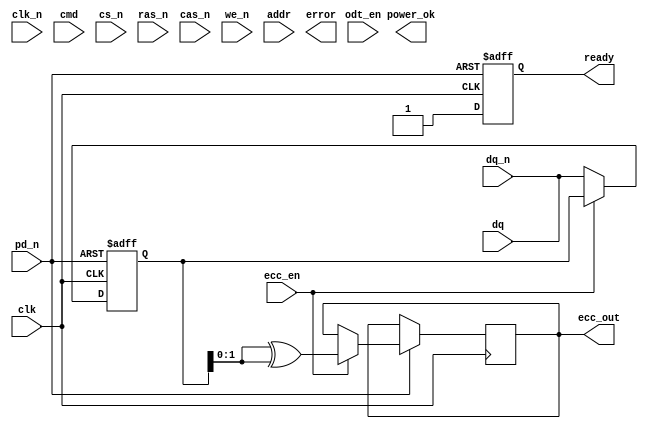
module gddr6x_io_block #(
    parameter DATA_WIDTH = 16,    // Data bus width
    parameter ADDR_WIDTH = 15,    // Address bus width (adjust as needed)
    parameter CMD_WIDTH = 5        // Command width (CS#, RAS#, CAS#, WE#, etc.)
)(
    // Clock Inputs
    input  wire clk,              // CK
    input  wire clk_n,            // CK#
    
    // Data Signals
    input  wire [DATA_WIDTH-1:0] dq,     // DQ
    input  wire [DATA_WIDTH-1:0] dq_n,   // DQ#
    
    // Command Signals
    input  wire [CMD_WIDTH-1:0] cmd,     // Command signals
    input  wire cs_n,            // Chip Select
    input  wire ras_n,           // Row Address Strobe
    input  wire cas_n,           // Column Address Strobe
    input  wire we_n,            // Write Enable
    
    // Address Signals
    input  wire [ADDR_WIDTH-1:0] addr,   // Address lines
    
    // Power Management Signals
    input  wire pd_n,            // Power Down
    output wire power_ok,        // Power status
    
    // ECC Signals
    input  wire ecc_en,          // ECC Enable
    output wire [DATA_WIDTH/8-1:0] ecc_out, // ECC Outputs
    
    // ODT Signal
    input  wire odt_en,          // On-Die Termination Enable
    
    // Status Signals
    output wire ready,           // Ready Status
    output wire error            // Error Status
);

    // Internal signals
    reg [DATA_WIDTH-1:0] dq_reg;
    reg [ADDR_WIDTH-1:0] addr_reg;
    reg [CMD_WIDTH-1:0] cmd_reg;

    // State for power management
    reg power_state;

    // Assign ready status based on some conditions (simplified)
    assign ready = (power_state == 1'b1);

    // Data Integrity (Example of ECC Logic)
    always @(posedge clk or negedge pd_n) begin
        if (!pd_n) begin
            dq_reg <= 0;
        end else if (ecc_en) begin
            // Simple example: generate ECC (not actual ECC logic)
            ecc_out <= dq_reg[DATA_WIDTH/8-1:0] ^ dq_reg; // Placeholder for ECC calculation
        end else begin
            dq_reg <= dq;
        end
    end

    // Command Handling Logic
    always @(posedge clk or negedge cs_n) begin
        if (!cs_n) begin
            cmd_reg <= 0;
            addr_reg <= 0;
        end else begin
            cmd_reg <= cmd;
            addr_reg <= addr;
            // Implement command execution logic here
        end
    end

    // Power Management Logic
    always @(posedge clk or negedge pd_n) begin
        if (!pd_n) begin
            power_state <= 1'b0; // Enter power down
        end else begin
            power_state <= 1'b1; // Active state
        end
    end

    // Termination Logic (simplified)
    assign dq_n = dq; // Placeholder for signal inversion
    // Additional termination logic would be needed here

endmodule